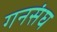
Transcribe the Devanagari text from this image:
गनसंघ